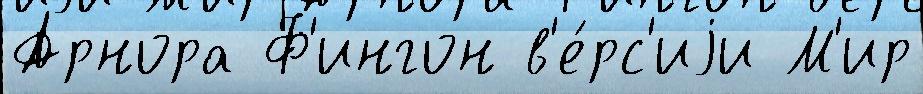
Арнора Ф'ингон в'е́рс'иjи М'ир